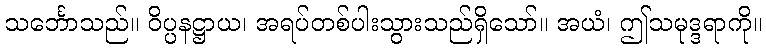
သင်္ဘောသည်။ ဝိပ္ပနဋ္ဌာယ၊ အရပ်တစ်ပါးသွားသည်ရှိသော်။ အယံ၊ ဤသမုဒ္ဒရာကို။